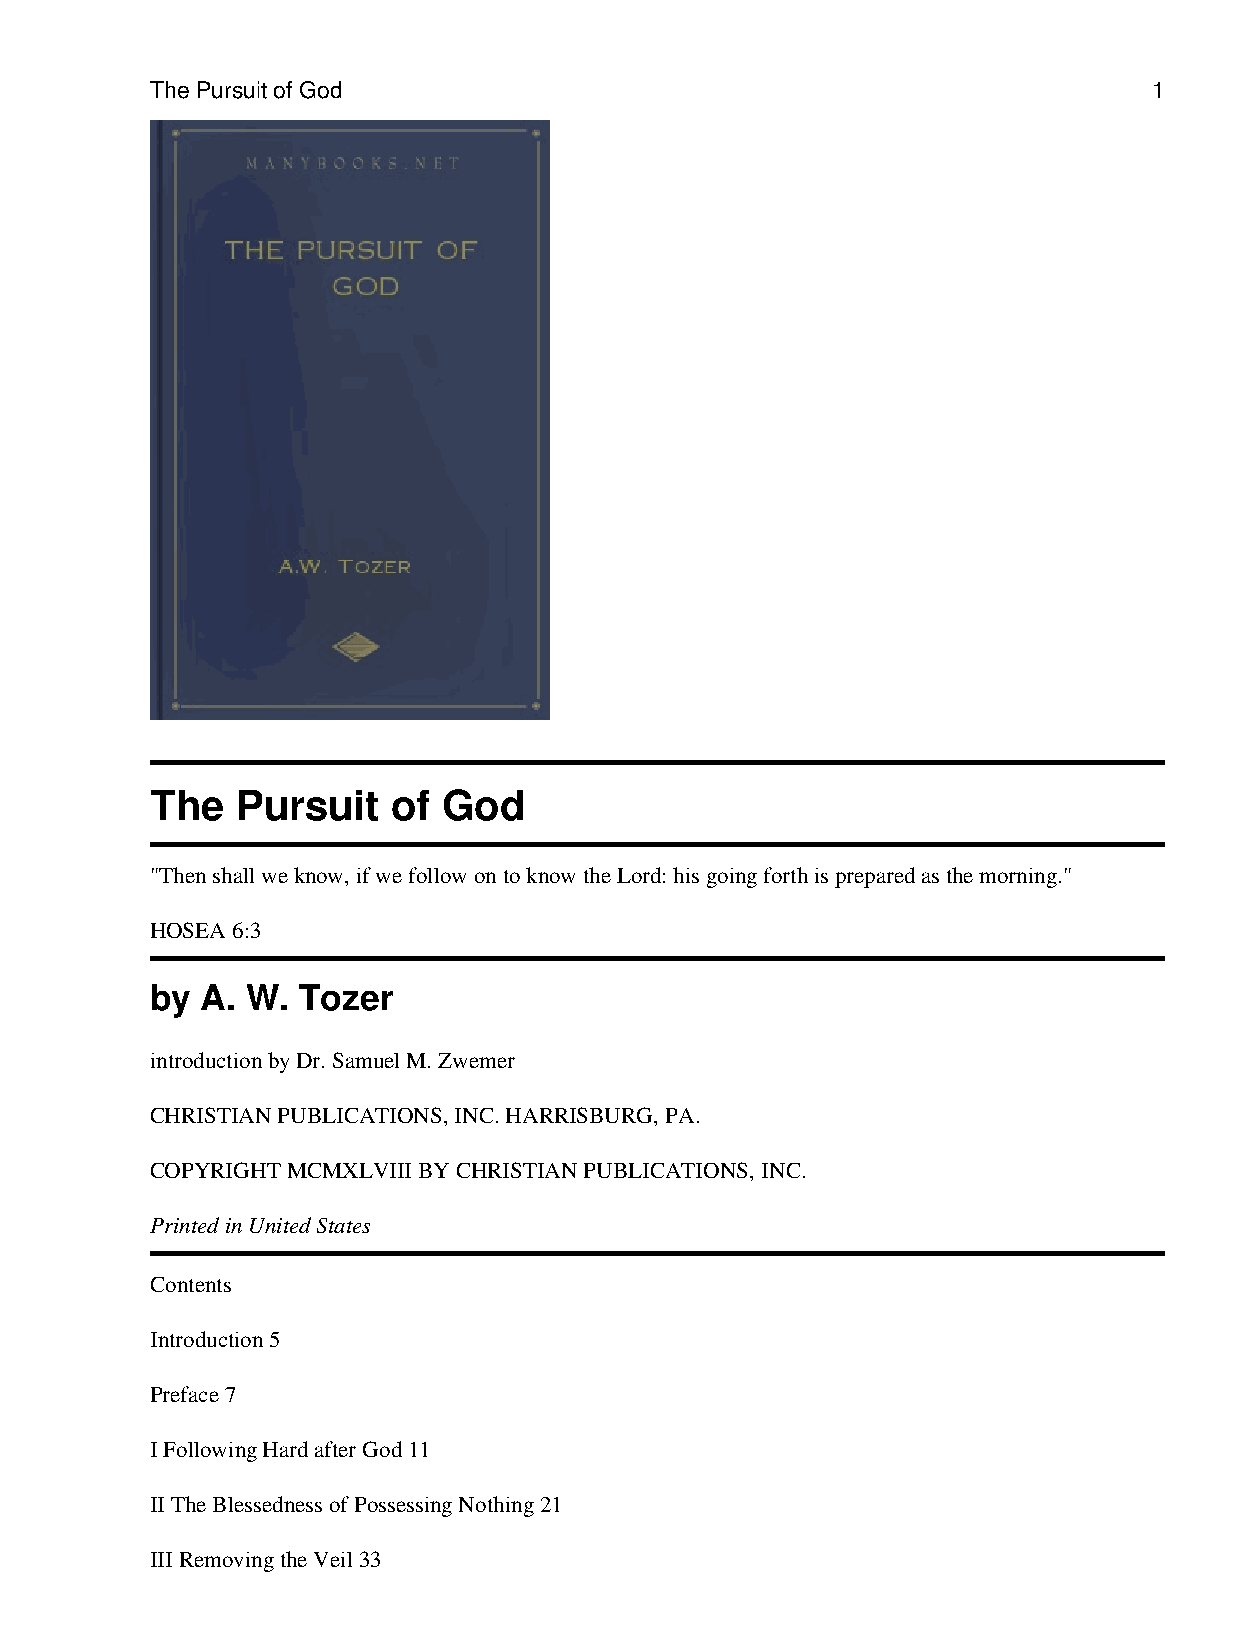
The Pursuit of God                                                1
 The   Pursuit   of God
 "Then shall we know, if we follow on to know the Lord: his going forth is prepared as the morning."
 HOSEA 6:3
 by A. W.  Tozer
 introduction by Dr. Samuel M. Zwemer
 CHRISTIAN PUBLICATIONS, INC. HARRISBURG, PA.
 COPYRIGHT MCMXLVIII BY CHRISTIAN PUBLICATIONS, INC.
 Printed in United States
 Contents
 Introduction 5
 Preface 7
 I Following Hard after God 11
 II The Blessedness of Possessing Nothing 21
 III Removing the Veil 33